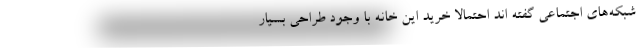
شبکه‌های اجتماعی گفته اند احتمالا خرید این خانه با وجود طراحی بسیار